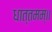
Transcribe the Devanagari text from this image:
धात्तमम्‌॥